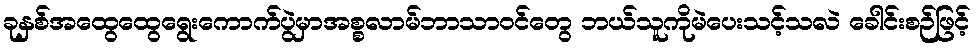
ခုနှစ်အထွေထွေရွေးကောက်ပွဲမှာအစ္စလာမ်ဘာသာဝင်တွေ ဘယ်သူကိုမဲပေးသင့်သလဲ ခေါင်းစဉ်ဖြင့်